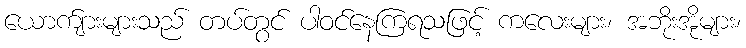
ယောက်ျားများသည် တပ်တွင် ပါဝင်နေကြရသဖြင့် ကလေးများ၊ အဘိုးအိုများ၊